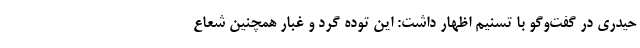
حیدری در گفت‌وگو با تسنیم اظهار داشت: این توده گرد و غبار همچنین شعاع